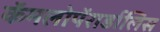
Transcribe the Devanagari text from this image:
कॅमलोपॅरार्डालिस